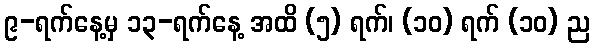
၉-ရက်နေ့မှ ၁၃-ရက်နေ့ အထိ (၅) ရက်၊ (၁၀) ရက် (၁၀) ည